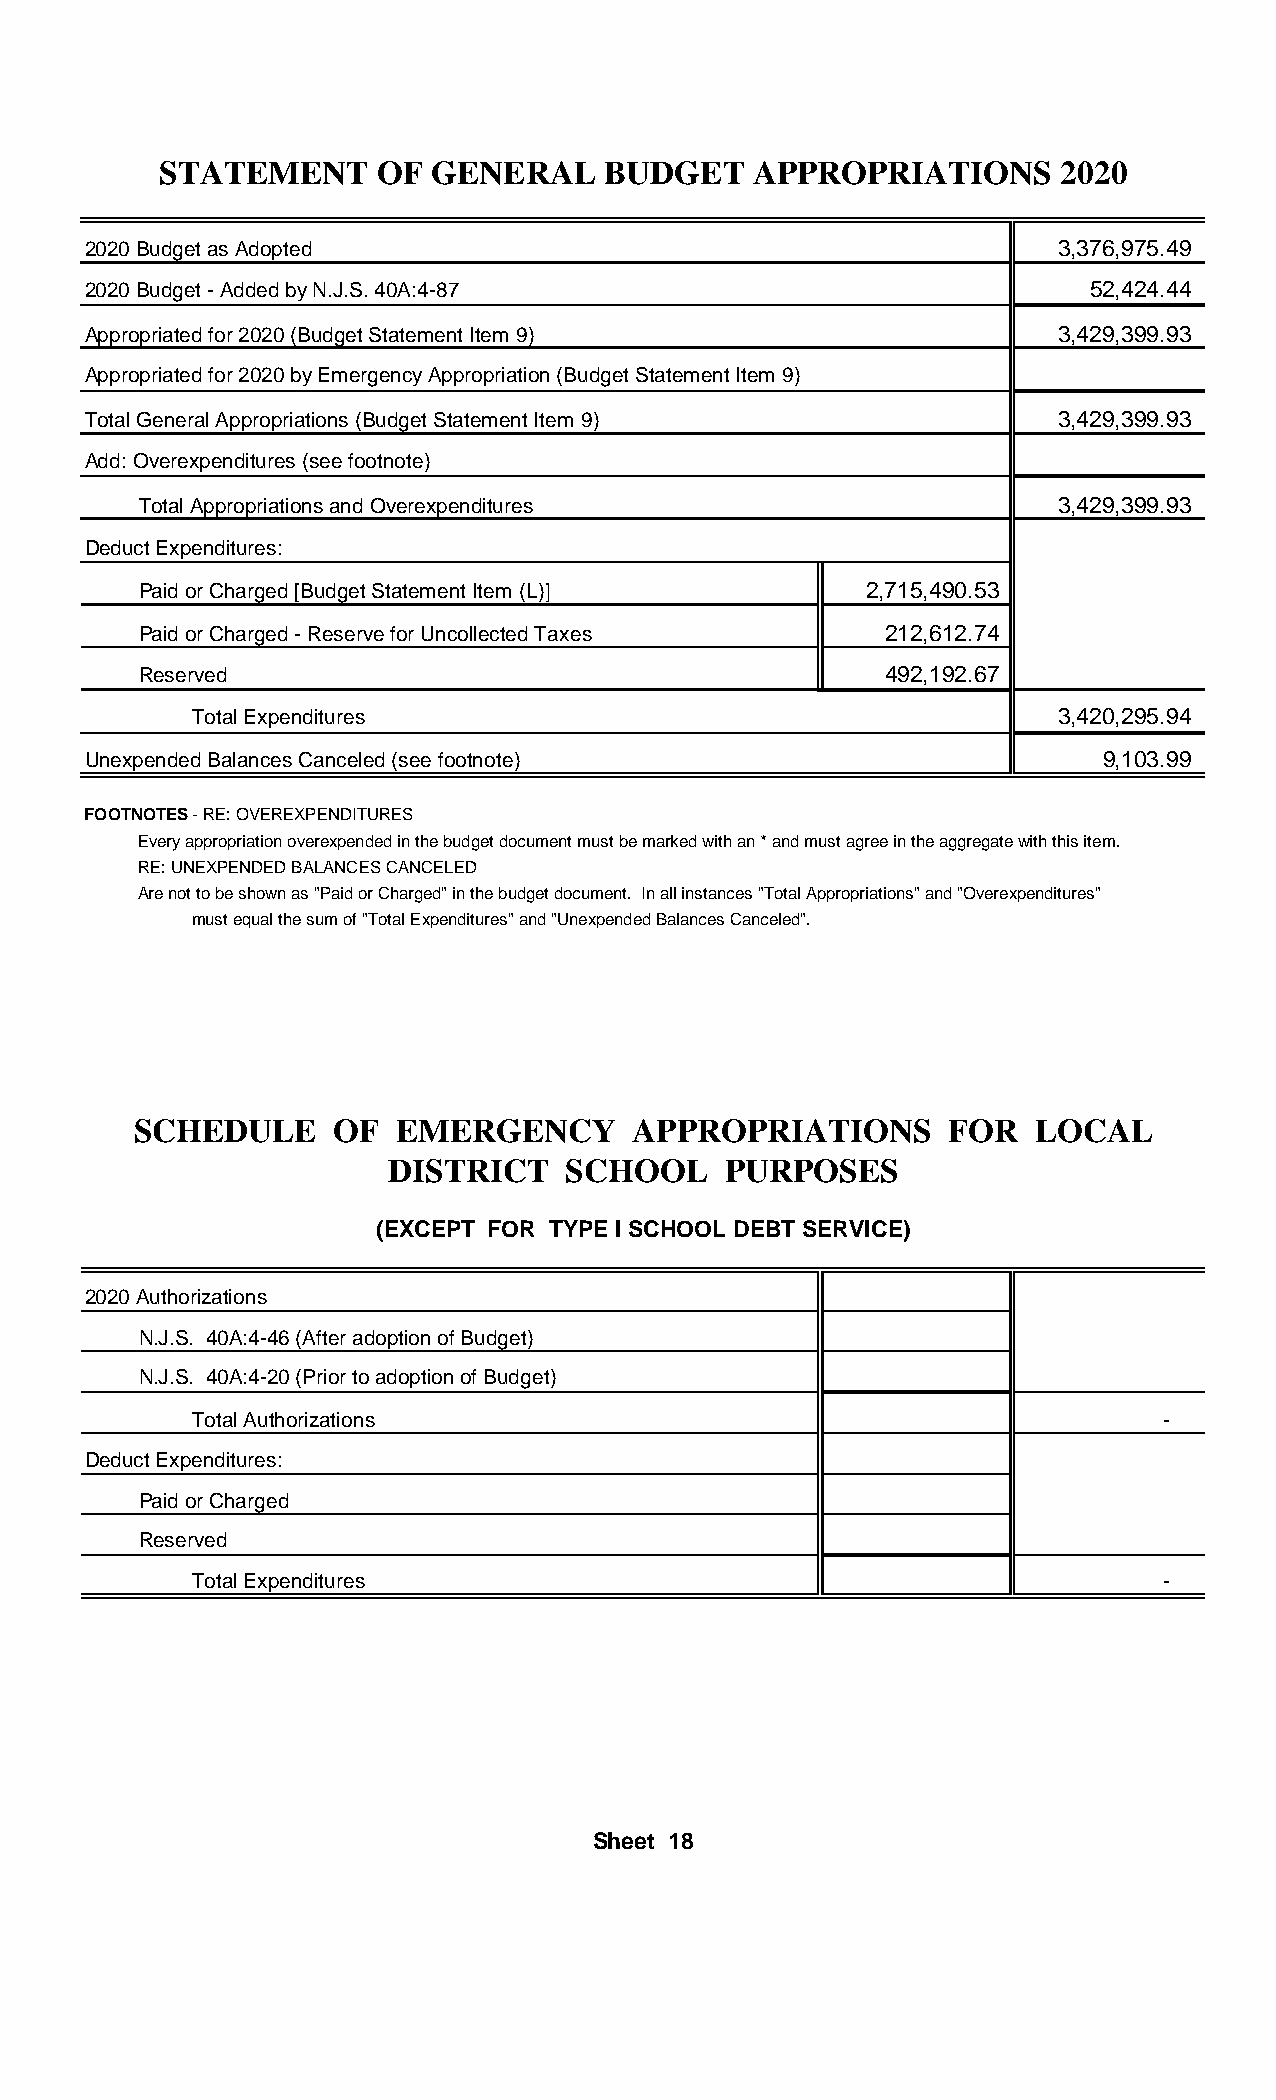
STATEMENT      OF GENERAL     BUDGET   APPROPRIATIONS       2020
 2020 Budget as Adopted                                           3,376,975.49
 2020 Budget - Added by N.J.S. 40A:4-87                             52,424.44
 Appropriated for 2020 (Budget Statement Item 9)                  3,429,399.93
 Appropriated for 2020 by Emergency Appropriation (Budget Statement Item 9)
 Total General Appropriations (Budget Statement Item 9)           3,429,399.93
 Add: Overexpenditures (see footnote)
 Total Appropriations and Overexpenditures                    3,429,399.93
 Deduct Expenditures:
 Paid or Charged [Budget Statement Item (L)]     2,715,490.53
 Paid or Charged - Reserve for Uncollected Taxes  212,612.74
 Reserved                                         492,192.67
 Total Expenditures                                        3,420,295.94
 Unexpended Balances Canceled (see footnote)                         9,103.99
 FOOTNOTES - RE: OVEREXPENDITURES
 Every appropriation overexpended in the budget document must be marked with an * and must agree in the aggregate with this item.
 RE: UNEXPENDED BALANCES CANCELED
 Are not to be shown as "Paid or Charged" in the budget document. In all instances "Total Appropriations" and "Overexpenditures"
 must equal the sum of "Total Expenditures" and "Unexpended Balances Canceled".
 SCHEDULE      OF  EMERGENCY      APPROPRIATIONS       FOR   LOCAL
 DISTRICT    SCHOOL     PURPOSES
 (EXCEPT FOR TYPE I SCHOOL DEBT SERVICE)
 2020 Authorizations
 N.J.S. 40A:4-46 (After adoption of Budget)
 N.J.S. 40A:4-20 (Prior to adoption of Budget)
 Total Authorizations                                             -
 Deduct Expenditures:
 Paid or Charged
 Reserved
 Total Expenditures                                               -
 Sheet 18